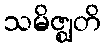
သမိဇ္ဈတိ